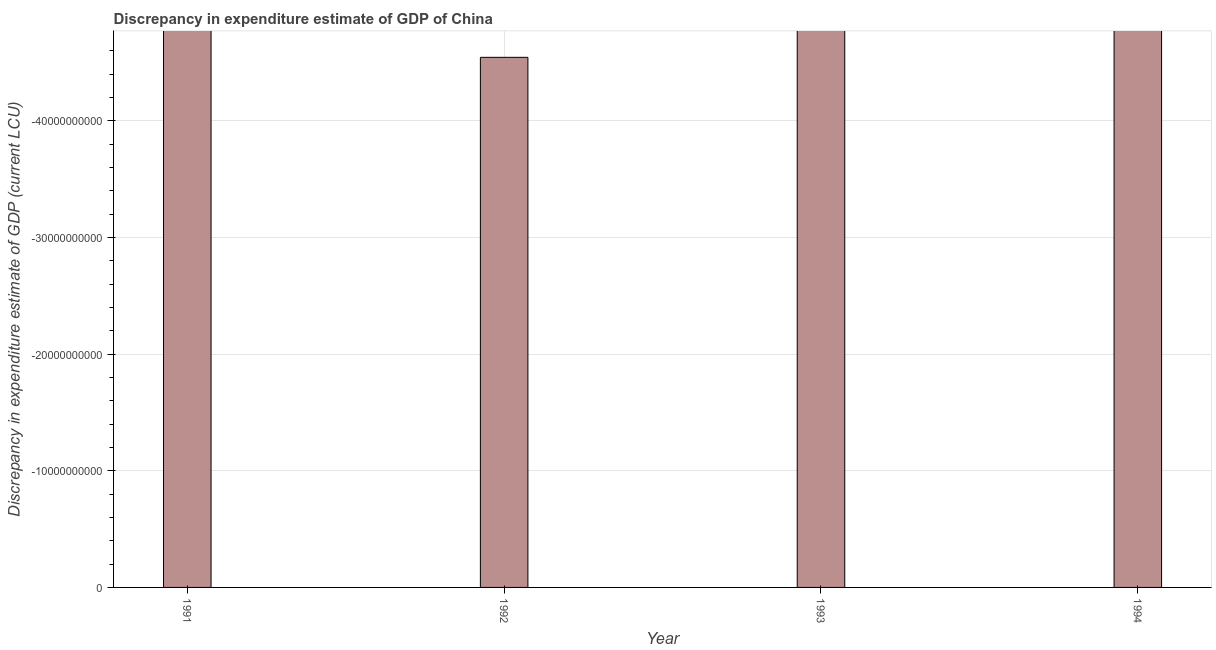
| Year | Discrepancy current LCU |
 | --- | --- |
 | 1991 | -4.93e+10 |
 | 1992 | -4.54e+10 |
 | 1993 | -1.39e+11 |
 | 1994 | -1.59e+11 |